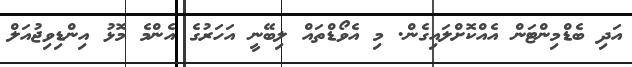
އަދި ބެޑްމިންޓަން އެއްކޮށްލައިގެން. މި އެވޯޑްތައް ލިބޭނީ އަހަރުގެ އެންމެ މޮޅު އިންޑިވިޖުއަލް